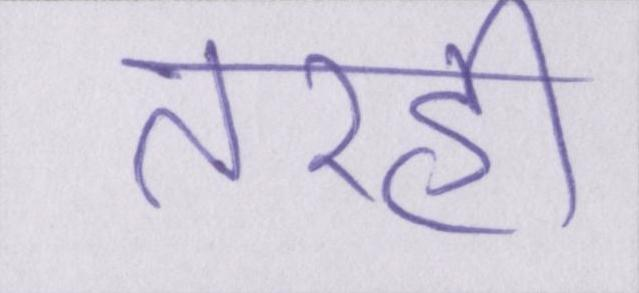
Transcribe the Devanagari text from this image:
तरही